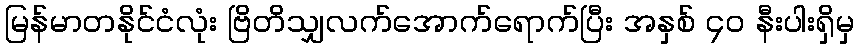
မြန်မာတနိုင်ငံလုံး ဗြိတိသျှလက်အောက်ရောက်ပြီး အနှစ် ၄၀ နီးပါးရှိမှ